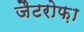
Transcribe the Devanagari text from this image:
जैटरोफ़ा